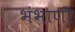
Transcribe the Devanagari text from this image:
भंभाणी